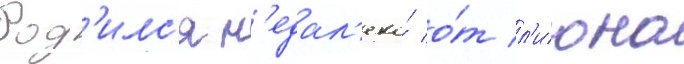
Род'илс'я н'едал'еко́ о́т л'иона